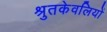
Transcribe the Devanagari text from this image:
श्रुतकेवलियों